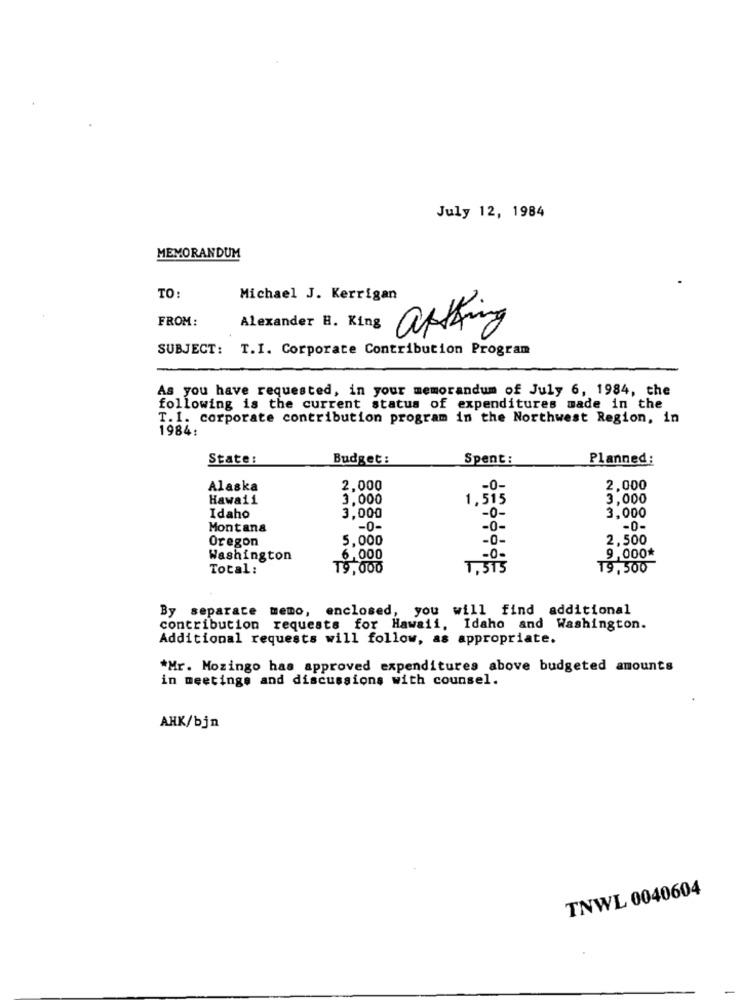
July 12, 1984
MEMORANDUM
TO:
Michael J. Kerrigan
FROM:
Alexander B. King
apthing
SUBJECT: T.I. Corporate Contribution Program
As you have requested, in your memorandum of July 6, 1984, the
following is the current status of expenditures made in the
T. 1. corporate contribution program in the Northwest Region, in
1984:
State:
Budget:
Spent:
Planned:
Alaska
2,000
2,000
Hawaii
3,000
1,515
3,000
3,000
Idaho
-0-
3,000
Montana
-0-
-0-
-0-
Oregon
5,000
-0-
2,500
Washington
6,000
9,000*
Total:
19,000
19,500
By separate memo, enclosed, you will find additional
contribution requests for Hawaii, Idaho and Washington.
Additional requests will follow, as appropriate.
*Mr. Mozingo has approved expenditures above budgeted amounts
in meetings and discussions with counsel.
AHK/bjn
TNWL 0040604